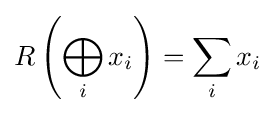
R\left(\bigoplus _{i}x_{i}\right)=\sum _{i}x_{i}